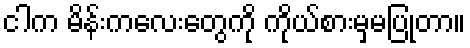
ငါက မိန်းကလေးတွေကို ကိုယ်စားမှမပြုတာ။